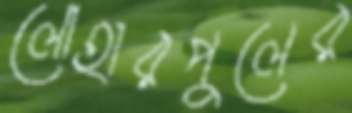
লোহারপুলের